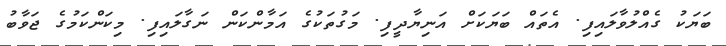
ބަޔަކު ގެއްލުވާލައިފި. އެތައް ބަޔަކަށް އަނިޔާދީފި. މަގުތަކުގެ އަމާންކަން ނަގާލައިފި. މިކަންކަމުގެ ޖަވާބު